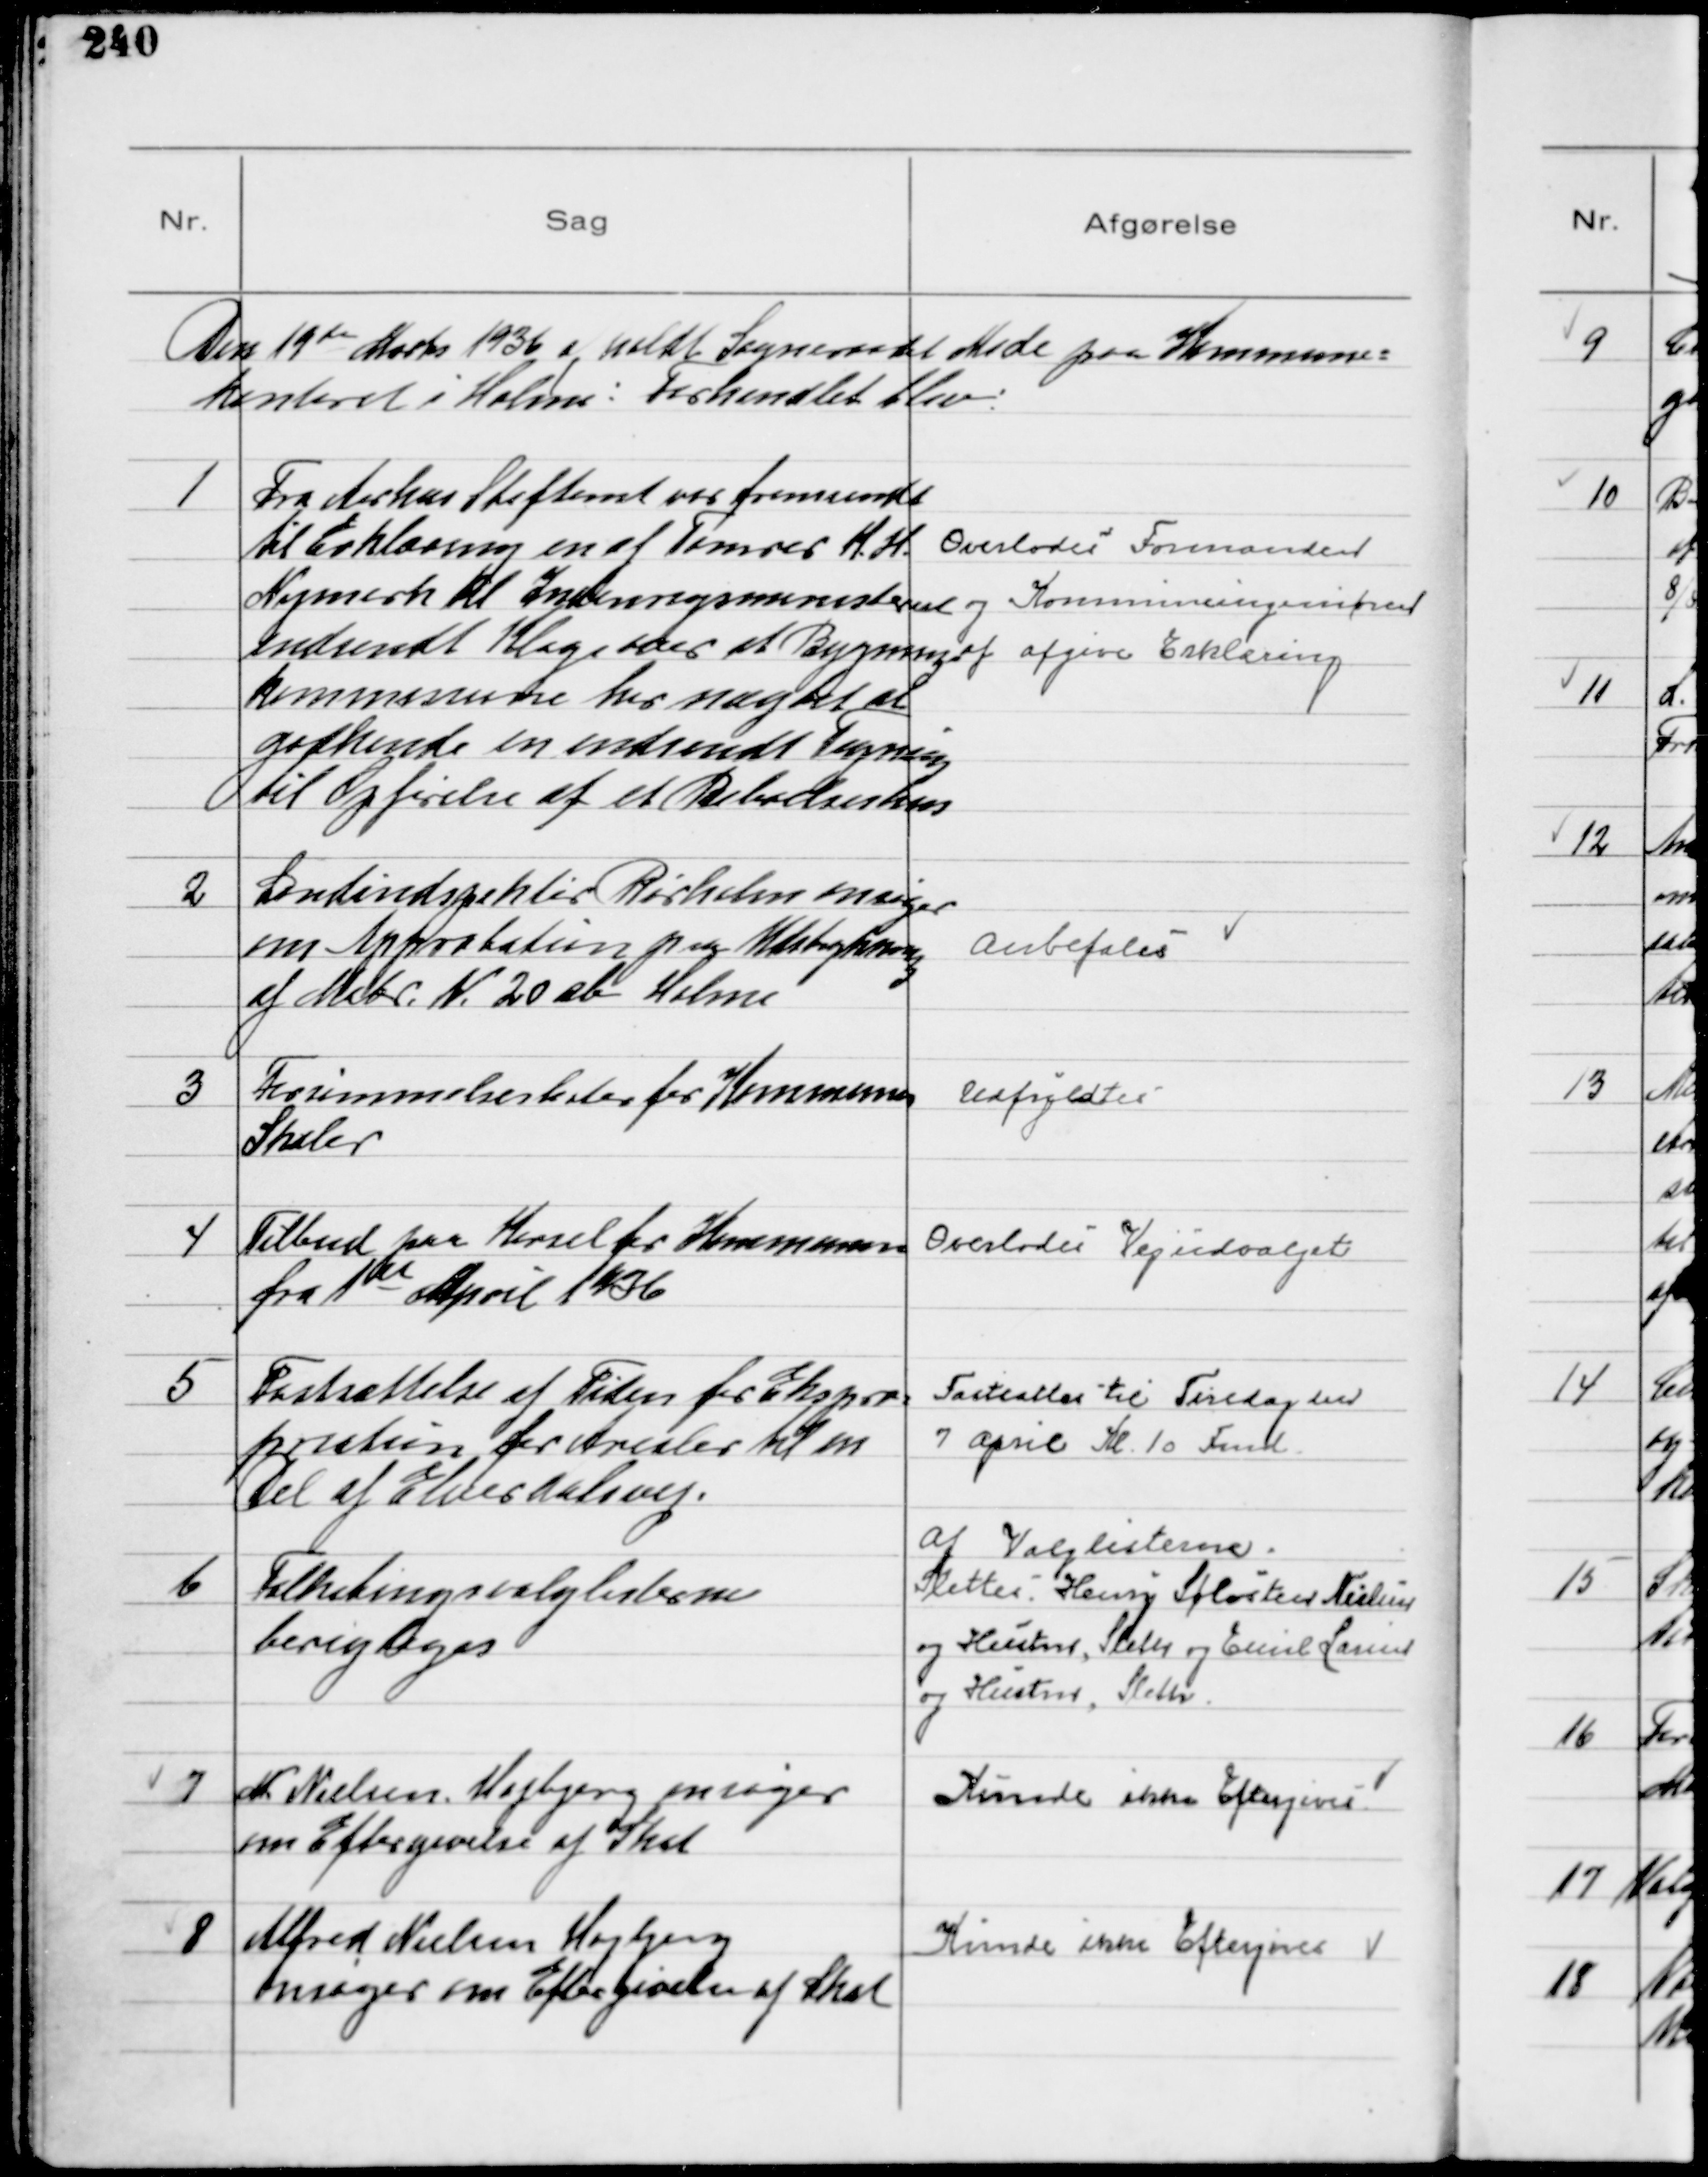
Transskription:
Den 19de Marts 1936 afholdt Sogneraadet Møde paa Kommune-
kontoret i Holme: Forhandlet blev:

1
Fra Aarhus Stiftamt var fremsendt
til Erklæring en af Tømrer K. H.
Nymark til Indenrigsministeriet
indsendt Klage over at Bygnings-
kommissione har nægtet at
godkende en indsendt Tegning
til Opførelse af et Beboelseshus

Overlodes Formanden
og Kommuneingeniøren
af afgive Erklæring

2
Landindspektør Rørholm ansøger
om Approbation paa Udstykning
af Matr N 20 ab Holme

Anbefales

3
Forsømmelseslister for Kommunens
Skoler

Udfyldtes

4
Tilbud paa Kørsel for Kommunen
fra 1ste April 1936

Overlodes Vejudvalget

5
Fastsættelse af Tiden for Ekspro-
priation for Arealer til en
Del af Elverdalsvej.

Fastsattes til Tirsdag den
7 April Kl. 10 Fmd.

6
Folketingsvalglisterne
berigtiges

Af Valglisterne
Slettes: Henry Sølvsteen Nielsen
og Hustru, Sleth og Emil Larsen
og Hustru, Sleth

7
M. Nielsen Højbjerg ansøger
om Eftergivelse af Skat

Kunde ikke Eftergives

8
Alfred Nielsen Højbjerg
ansøger om Eftergivelse af Skat

Kunde ikke Eftergives